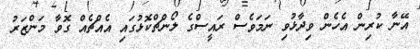
އޭނާ ކުރިން އެހެން ވިދާޅުވި ނަމަވެސް ރައީސްގެ ލޯންޗްކޮޅުގައި އެއްޗެއް ގޮވާ މަންޒަރު